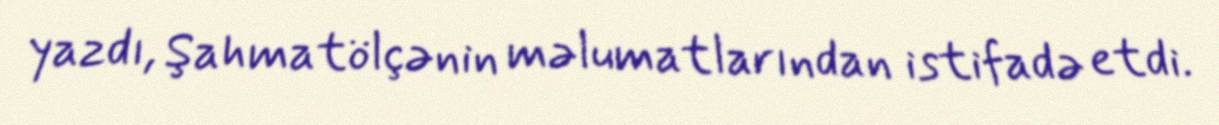
yazdı, Şahmatölçənin məlumatlarından istifadə etdi.